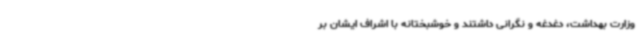
وزارت بهداشت، دغدغه و نگرانی داشتند و خوشبختانه با اشراف ایشان بر